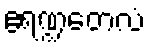
ဧရဏ္ဍတေလံ